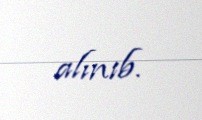
alınıb.